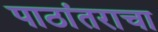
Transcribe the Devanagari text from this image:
पाठांतराचा